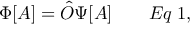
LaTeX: \Phi [ A ] = { \hat { O } } \Psi [ A ] \qquad E q \; 1 ,